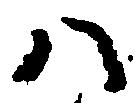
八